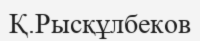
Қ.Рысқұлбеков